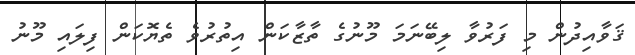
ޤަވާއިދުން މި ފަރުވާ ލިބޭނަމަ މޫނުގެ ތާޒާކަން އިތުރުވެ ތެޔޮކަން ފިލައި މޫނު